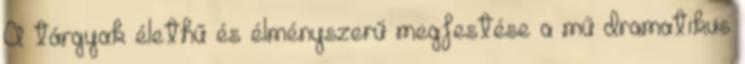
A tárgyak élethű és élményszerű megfestése a mű dramatikus